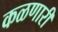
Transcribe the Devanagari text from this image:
कळणारी